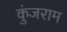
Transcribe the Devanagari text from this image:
कुंजराम